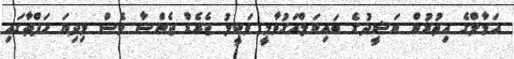
އަމާލްގެ އިތުރުން ނަޝީދުގެ ބައިނަލްއަގުވާމީ ވަކީލު ޖެރެޑް ޖެންސާ ވެސް މިދިޔަ ހަފްތާގައި